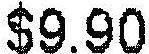
$9.90